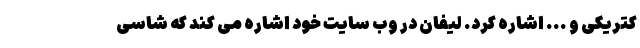
کتریکی و ... اشاره کرد. لیفان در وب سایت خود اشاره می کند که شاسی